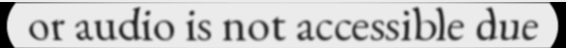
or audio is not accessible due